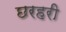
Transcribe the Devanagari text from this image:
छरहरी